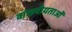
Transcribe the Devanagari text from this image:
वांछनीयताओं